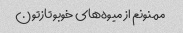
ممنونم از میوه‌های خوبو تازتون